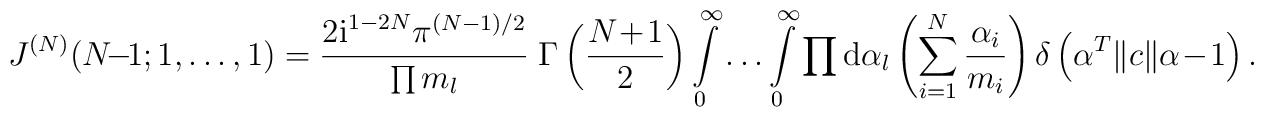
J^{(N)}(N\!-\!1;1,\ldots,1)=\frac{2\mbox{i}^{1-2N}\pi^{(N-1)/2}}{\prod m_l}\;\Gamma\left(\frac{N\!+\!1}{2}\right)\int\limits_0^{\infty} \ldots \int\limits_0^{\infty}\prod\mbox{d}\alpha_l\left( \sum\limits_{i=1}^{N}\frac{\alpha_i}{m_i} \right) \delta\left(\alpha^T\|c\|\alpha\!-\!1\right) .